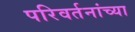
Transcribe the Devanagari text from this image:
परिवर्तनांच्या